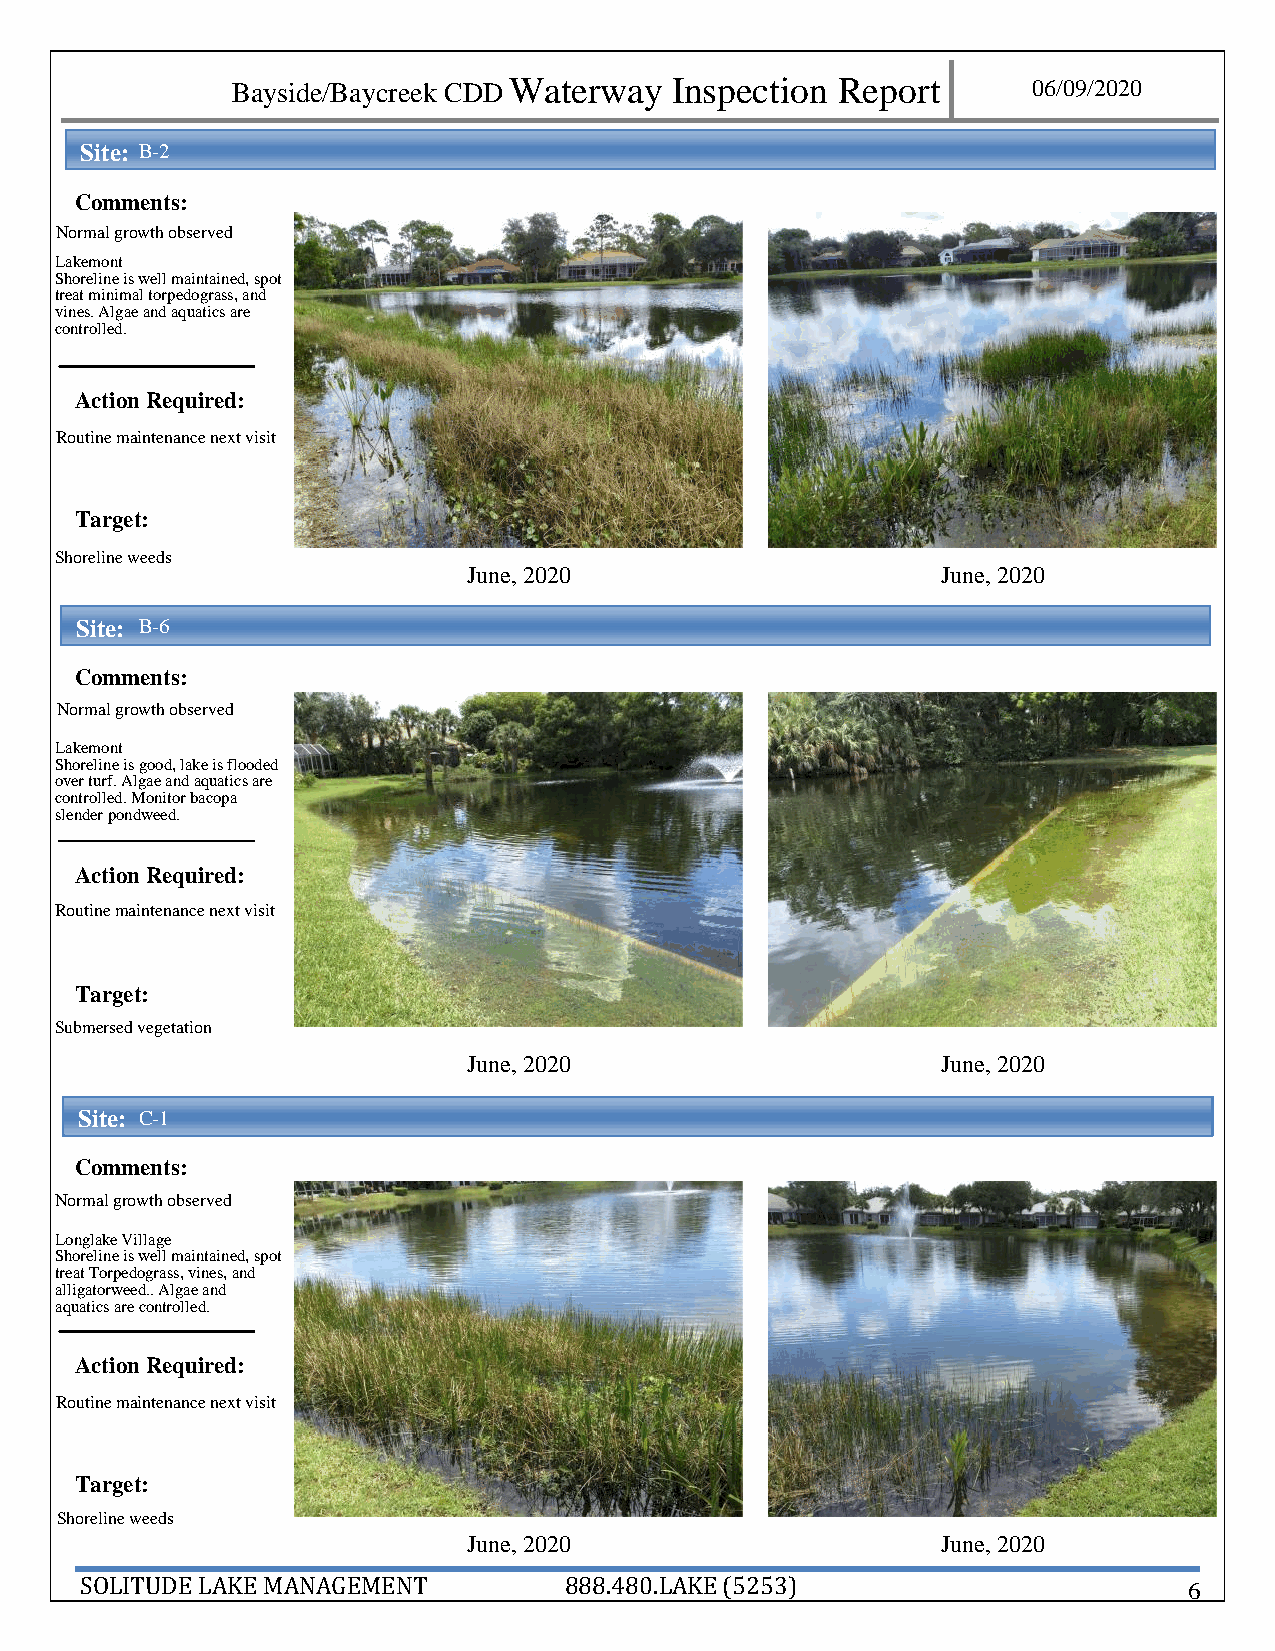
Bayside/Baycreek CDD Waterway Inspection Report      06/09 /2020
 Site: B- 2
 Comments:
 Normal growth observed
 Lakemont
 Sho reline is well maintained, spot
 treat minimal torpedograss, and
 vines. Algae and aquatics are
 controlled.
 Action Required:
 Ro utine maintenance next visit
 Target:
 Sho reline weeds
 June, 2020                     June, 2020
 Site: B - 6
 Comments:
 No rmal growth observed
 Lak emont
 Shoreline is good, lake is flooded
 over turf. Algae and aquatics are
 con trolled. Monitor bacopa
 slender pondweed.
 Action Required:
 Ro utine maintenance next visit
 Target:
 Sub mersed vegetation
 June, 2020                     June, 2020
 Site: C - 1
 Comments:
 No rmal growth observed
 Lon glake Village
 Shoreline is well maintained, spot
 treat Torpedograss, vines, and
 alli gatorweed.. Algae and
 aquatics are controlled.
 Action Required:
 Ro utine maintenance next visit
 Target:
 Sh oreline weeds
 June, 2020                     June, 2020
 SOLITUDE LAKE MANAGEMENT        888.480.LAKE (5253)                       6